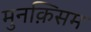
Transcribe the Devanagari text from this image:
मुनक़िसम